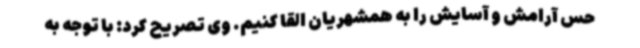
حس آرامش و آسایش را به همشهریان القا کنیم. وی تصریح کرد: با توجه به